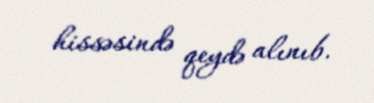
hissəsində qeydə alınıb.